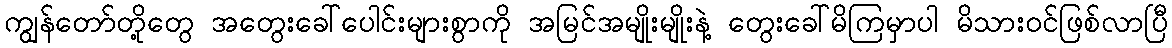
ကျွန်တော်တို့တွေ အတွေးခေါ်ပေါင်းများစွာကို အမြင်အမျိုးမျိုးနဲ့ တွေးခေါ်မိကြမှာပါ မိသားဝင်ဖြစ်လာပြီ